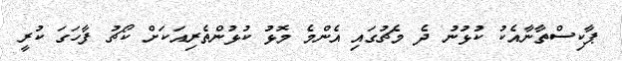
ޕާކިސްތާނާއެކު ކުޅުނު ދެ މެޗުގައި އެންމެ މޮޅު ކުޅުންތެރިއަކަށް ކޯޗު ފާހަގަ ކުރީ